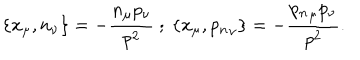
\{ x _ { \mu } , n _ { \nu } \} = - \frac { n _ { \mu } p _ { \nu } } { p ^ { 2 } } ~ ; ~ \{ x _ { \mu } , { p _ { n } } _ { \nu } \} = - \frac { { p _ { n } } _ { \mu } p _ { \nu } } { p ^ { 2 } } .